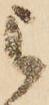
被